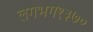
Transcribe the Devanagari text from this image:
लगभग१३७०